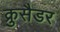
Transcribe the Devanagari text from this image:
क्रुसैडर